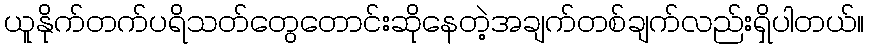
ယူနိုက်တက်ပရိသတ်တွေတောင်းဆိုနေတဲ့အချက်တစ်ချက်လည်းရှိပါတယ်။